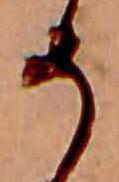
そ